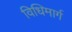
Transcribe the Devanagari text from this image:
विधिमार्ग